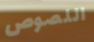
اللصوص